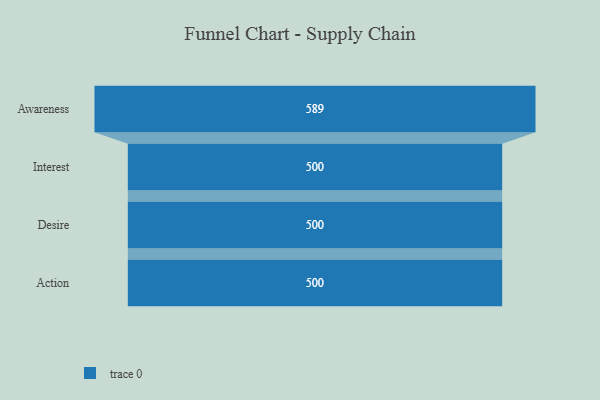
{"axis": {"x": "Stage", "y": "Value"}, "legend": [""], "data": [{"x": "Awareness", "y": 589.0, "type": ""}, {"x": "Interest", "y": 500, "type": ""}, {"x": "Desire", "y": 500, "type": ""}, {"x": "Action", "y": 500, "type": ""}]}